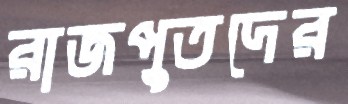
রাজপুতদের